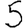
Digit: 5